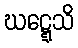
ဃဋ္ဋေသိ